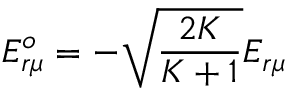
E _ { r \mu } ^ { o } = - \sqrt { \frac { 2 K } { K + 1 } } E _ { r \mu }